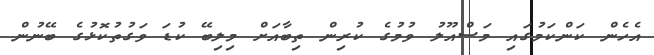
އެހެން ކަންކަމުގައި މަސްއޫލު ވުމުގެ ކުރިން ތިބާއަށް މިލިބޭ ކުޑަ ވަގުތުކޮޅުގެ ބޭނުން